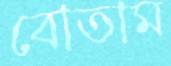
বোতাম